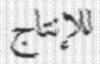
للإنتاج